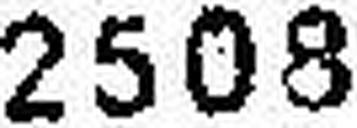
2508